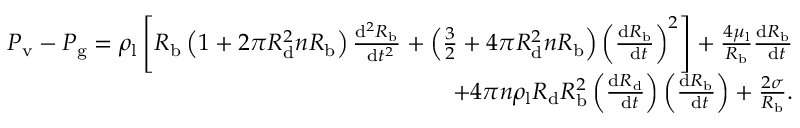
\begin{array} { r } { P _ { \mathrm { v } } - P _ { \mathrm { g } } = \rho _ { \mathrm { l } } \left[ R _ { \mathrm { b } } \left( 1 + 2 \pi R _ { \mathrm { d } } ^ { 2 } n R _ { \mathrm { b } } \right) \frac { \mathrm { d } ^ { 2 } R _ { \mathrm { b } } } { \mathrm { ~ d } t ^ { 2 } } + \left( \frac { 3 } { 2 } + 4 \pi R _ { \mathrm { d } } ^ { 2 } n R _ { \mathrm { b } } \right) \left( \frac { \mathrm { d } R _ { \mathrm { b } } } { \mathrm { ~ d } t } \right) ^ { 2 } \right] + \frac { 4 \mu _ { \mathrm { l } } } { R _ { \mathrm { b } } } \frac { \mathrm { d } R _ { \mathrm { b } } } { \mathrm { ~ d } t } } \\ { + 4 \pi n \rho _ { \mathrm { l } } R _ { \mathrm { d } } R _ { \mathrm { b } } ^ { 2 } \left( \frac { \mathrm { d } R _ { \mathrm { d } } } { \mathrm { ~ d } t } \right) \left( \frac { \mathrm { d } R _ { \mathrm { b } } } { \mathrm { ~ d } t } \right) + \frac { 2 \sigma } { R _ { \mathrm { b } } } . } \end{array}